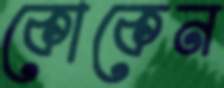
কোকেন